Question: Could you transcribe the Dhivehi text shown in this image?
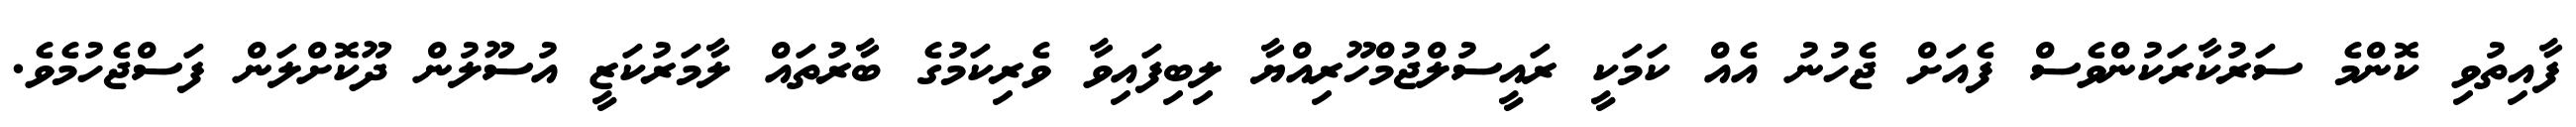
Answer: ފާއިތުވި ކޮންމެ ސަރުކާރަކުންވެސް ފެއަށް ޖެހުނު އެއް ކަމަކީ ރައީސުލްޖުމްހޫރިއްޔާ ލިބިފައިވާ ވެރިކަމުގެ ބާރުތައް ލާމަރުކަޒީ އުސޫލުން ދޫކޮށްލަން ފަސްޖެހުމެވެ.